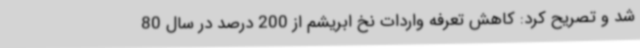
شد و تصریح کرد: کاهش تعرفه واردات نخ ابریشم از 200 درصد در سال 80